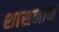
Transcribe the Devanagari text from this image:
शासनानं